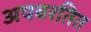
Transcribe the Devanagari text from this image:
अपवरतित